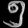
Digit: ၅